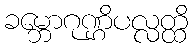
ခမ္ဘောဂုဏ္ဌိပလ္လတ္ထိ